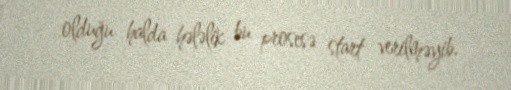
olduğu halda hələlik bu prosesə start verilməyib.